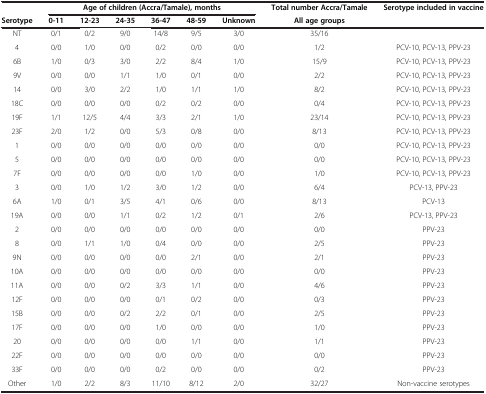
<table><thead><tr><td><b> </b></td><td colspan="6"><b>Age of children (Accra/Tamale), months</b></td><td><b>Total number Accra/Tamale</b></td><td><b>Serotype included in vaccine</b></td></tr><tr><td><b>Serotype</b></td><td><b>0-11</b></td><td><b>12-23</b></td><td><b>24-35</b></td><td><b>36-47</b></td><td><b>48-59</b></td><td><b>Unknown</b></td><td><b>All age groups</b></td><td><b> </b></td></tr></thead><tbody><tr><td>NT</td><td>0/1</td><td>0/2</td><td>9/0</td><td>14/8</td><td>9/5</td><td>3/0</td><td>35/16</td><td> </td></tr><tr><td>4</td><td>0/0</td><td>1/0</td><td>0/0</td><td>0/2</td><td>0/0</td><td>0/0</td><td>1/2</td><td>PCV-10, PCV-13, PPV-23</td></tr><tr><td>6B</td><td>1/0</td><td>0/3</td><td>3/0</td><td>2/2</td><td>8/4</td><td>1/0</td><td>15/9</td><td>PCV-10, PCV-13, PPV-23</td></tr><tr><td>9V</td><td>0/0</td><td>0/0</td><td>1/1</td><td>1/0</td><td>0/1</td><td>0/0</td><td>2/2</td><td>PCV-10, PCV-13, PPV-23</td></tr><tr><td>14</td><td>0/0</td><td>3/0</td><td>2/2</td><td>1/0</td><td>1/1</td><td>1/0</td><td>8/2</td><td>PCV-10, PCV-13, PPV-23</td></tr><tr><td>18C</td><td>0/0</td><td>0/0</td><td>0/0</td><td>0/2</td><td>0/2</td><td>0/0</td><td>0/4</td><td>PCV-10, PCV-13, PPV-23</td></tr><tr><td>19F</td><td>1/1</td><td>12/5</td><td>4/4</td><td>3/3</td><td>2/1</td><td>1/0</td><td>23/14</td><td>PCV-10, PCV-13, PPV-23</td></tr><tr><td>23F</td><td>2/0</td><td>1/2</td><td>0/0</td><td>5/3</td><td>0/8</td><td>0/0</td><td>8/13</td><td>PCV-10, PCV-13, PPV-23</td></tr><tr><td>1</td><td>0/0</td><td>0/0</td><td>0/0</td><td>0/0</td><td>0/0</td><td>0/0</td><td>0/0</td><td>PCV-10, PCV-13, PPV-23</td></tr><tr><td>5</td><td>0/0</td><td>0/0</td><td>0/0</td><td>0/0</td><td>0/0</td><td>0/0</td><td>0/0</td><td>PCV-10, PCV-13, PPV-23</td></tr><tr><td>7F</td><td>0/0</td><td>0/0</td><td>0/0</td><td>0/0</td><td>1/0</td><td>0/0</td><td>1/0</td><td>PCV-10, PCV-13, PPV-23</td></tr><tr><td>3</td><td>0/0</td><td>1/0</td><td>1/2</td><td>3/0</td><td>1/2</td><td>0/0</td><td>6/4</td><td>PCV-13, PPV-23</td></tr><tr><td>6A</td><td>1/0</td><td>0/1</td><td>3/5</td><td>4/1</td><td>0/6</td><td>0/0</td><td>8/13</td><td>PCV-13</td></tr><tr><td>19A</td><td>0/0</td><td>0/0</td><td>1/1</td><td>0/2</td><td>1/2</td><td>0/1</td><td>2/6</td><td>PCV-13, PPV-23</td></tr><tr><td>2</td><td>0/0</td><td>0/0</td><td>0/0</td><td>0/0</td><td>0/0</td><td>0/0</td><td>0/0</td><td>PPV-23</td></tr><tr><td>8</td><td>0/0</td><td>1/1</td><td>1/0</td><td>0/4</td><td>0/0</td><td>0/0</td><td>2/5</td><td>PPV-23</td></tr><tr><td>9N</td><td>0/0</td><td>0/0</td><td>0/0</td><td>0/0</td><td>2/1</td><td>0/0</td><td>2/1</td><td>PPV-23</td></tr><tr><td>10A</td><td>0/0</td><td>0/0</td><td>0/0</td><td>0/0</td><td>0/0</td><td>0/0</td><td>0/0</td><td>PPV-23</td></tr><tr><td>11A</td><td>0/0</td><td>0/0</td><td>0/2</td><td>3/3</td><td>1/1</td><td>0/0</td><td>4/6</td><td>PPV-23</td></tr><tr><td>12F</td><td>0/0</td><td>0/0</td><td>0/0</td><td>0/1</td><td>0/2</td><td>0/0</td><td>0/3</td><td>PPV-23</td></tr><tr><td>15B</td><td>0/0</td><td>0/0</td><td>0/2</td><td>2/2</td><td>0/1</td><td>0/0</td><td>2/5</td><td>PPV-23</td></tr><tr><td>17F</td><td>0/0</td><td>0/0</td><td>0/0</td><td>1/0</td><td>0/0</td><td>0/0</td><td>1/0</td><td>PPV-23</td></tr><tr><td>20</td><td>0/0</td><td>0/0</td><td>0/0</td><td>0/0</td><td>1/1</td><td>0/0</td><td>1/1</td><td>PPV-23</td></tr><tr><td>22F</td><td>0/0</td><td>0/0</td><td>0/0</td><td>0/0</td><td>0/0</td><td>0/0</td><td>0/0</td><td>PPV-23</td></tr><tr><td>33F</td><td>0/0</td><td>0/0</td><td>0/0</td><td>0/2</td><td>0/0</td><td>0/0</td><td>0/2</td><td>PPV-23</td></tr><tr><td>Other</td><td>1/0</td><td>2/2</td><td>8/3</td><td>11/10</td><td>8/12</td><td>2/0</td><td>32/27</td><td>Non-vaccine serotypes</td></tr></tbody></table>